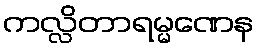
ကလ္လိတာရမ္မဏေန